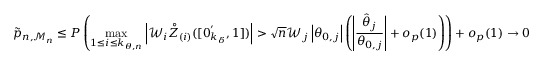
\tilde { p } _ { n , \mathcal { M } _ { n } } \leq P \left( \operatorname* { m a x } _ { 1 \leq i \leq k _ { \theta , n } } \left\vert \mathcal { W } _ { i } \boldsymbol { \mathring { Z } } _ { ( i ) } ( [ \boldsymbol { 0 } _ { k _ { \delta } } ^ { \prime } , 1 ] ) \right\vert > \sqrt { n } \mathcal { W } _ { j } \left\vert \theta _ { 0 , j } \right\vert \left( \left\vert \frac { \hat { \theta } _ { j } } { \theta _ { 0 , j } } \right\vert + o _ { p } ( 1 ) \right) \right) + o _ { p } ( 1 ) \rightarrow 0